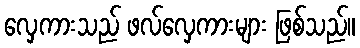
လှေကားသည် ဖလ်လှေကားများ ဖြစ်သည်။